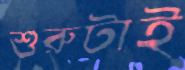
শুরুটাই